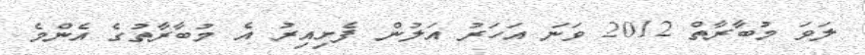
ލަވަ މުބާރާތް 2012 ވަނަ އަހަރު އަލުން ފެށިއިރު އެ މުބާރާތުގެ އެންމެ